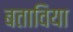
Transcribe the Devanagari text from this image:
बताविया